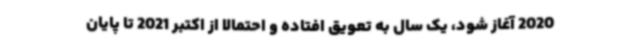
2020 آغاز شود، یک سال به تعویق افتاده و احتمالا از اکتبر 2021 تا پایان